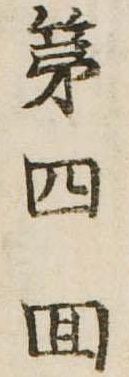
第四回